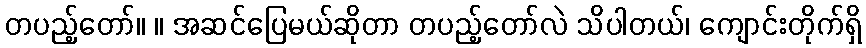
တပည့်တော်။ ။ အဆင်ပြေမယ်ဆိုတာ တပည့်တော်လဲ သိပါတယ်၊ ကျောင်းတိုက်ရှိ